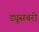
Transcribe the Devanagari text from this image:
ड्यूसबरी